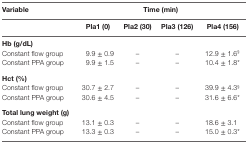
| Variable | <COLSPAN=4> Time (min) |
 |  | Pla1 (0) | Pla2 (30) | Pla3 (126) | Pla4 (156) |
 | --- | --- | --- | --- | --- |
 | <COLSPAN=5> Hb (g/dL) |
 | Constant flow group | 9.9 ± 0.9 | – | – | 12.9 ± 1.6§ |
 | Constant PPA group | 9.9 ± 1.5 | – | – | 10.4 ± 1.8* |
 | <COLSPAN=5> Hct (%) |
 | Constant flow group | 30.7 ± 2.7 | – | – | 39.9 ± 4.3§ |
 | Constant PPA group | 30.6 ± 4.5 | – | – | 31.6 ± 6.6* |
 | <COLSPAN=5> Total lung weight (g) |
 | Constant flow group | 13.1 ± 0.3 | – | – | 18.6 ± 3.1 |
 | Constant PPA group | 13.3 ± 0.3 | – | – | 15.0 ± 0.3* |